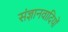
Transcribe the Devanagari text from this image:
संज्ञानवादियों